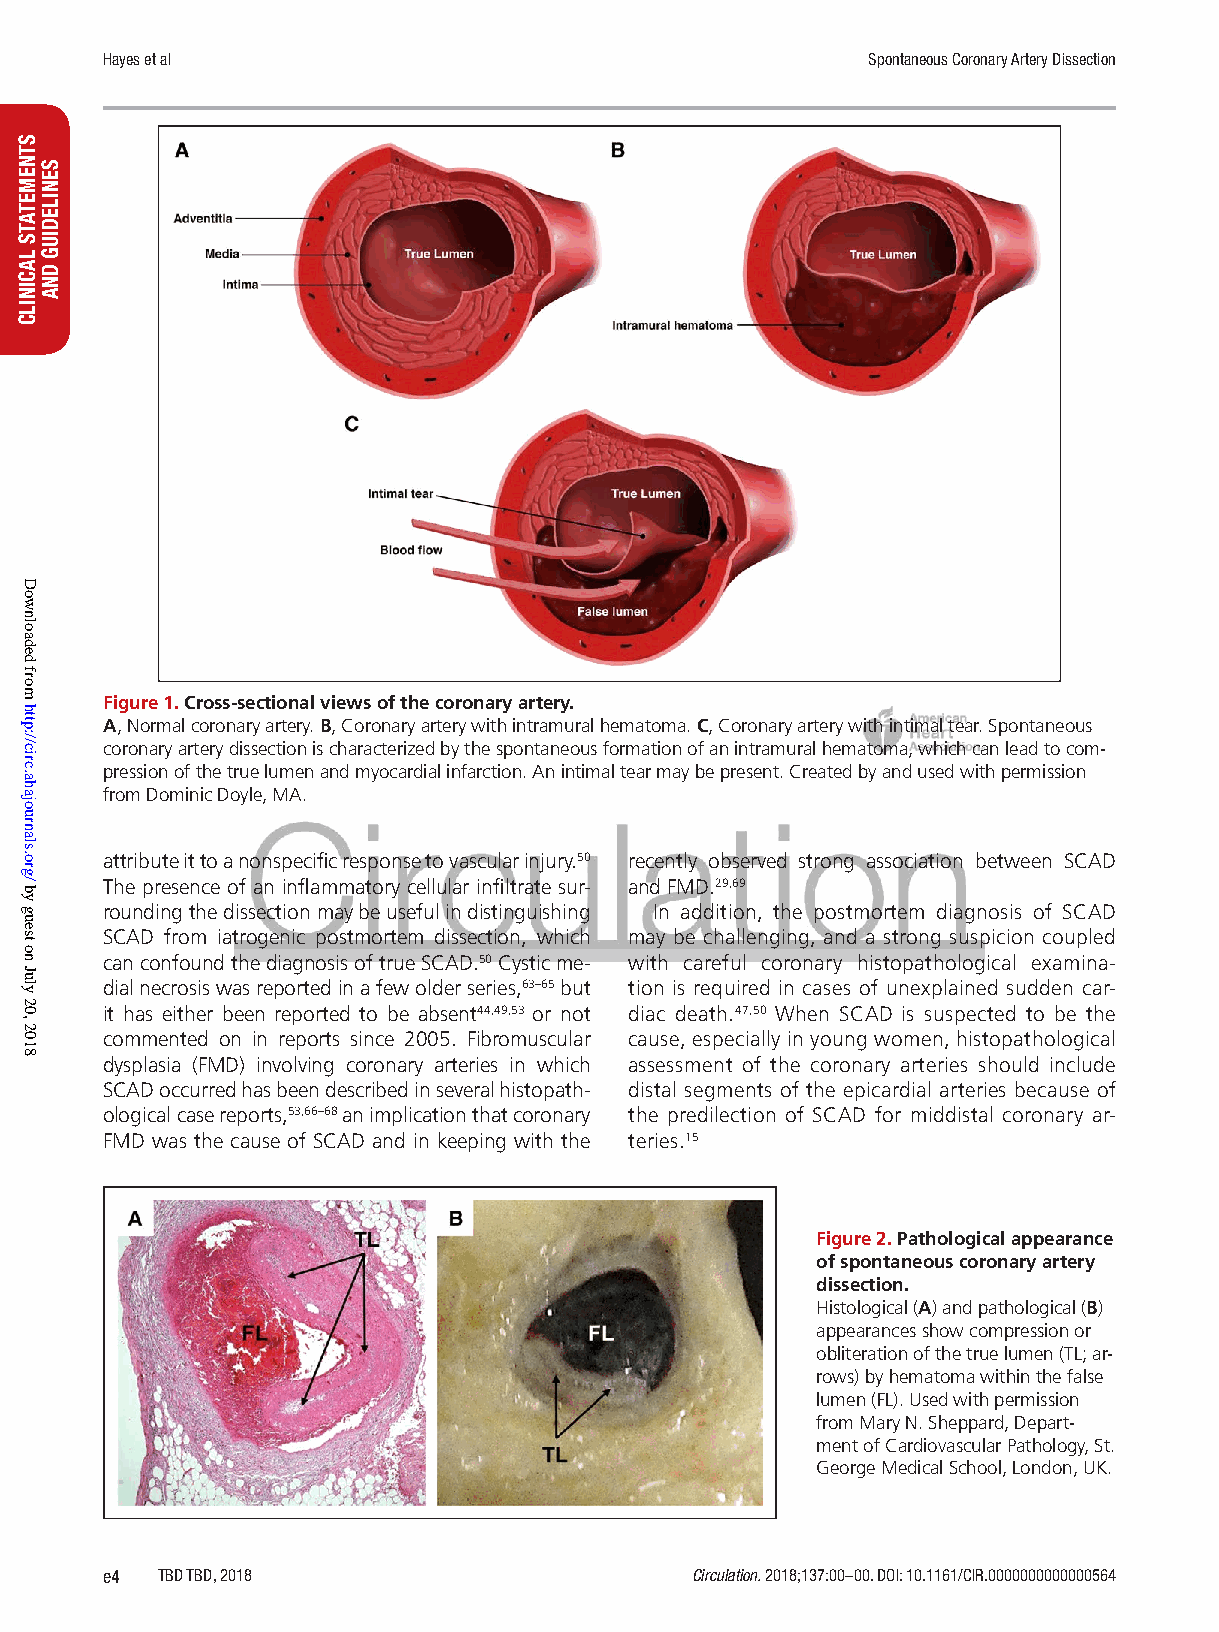
Hayes et al                                       Spontaneous Coronary Artery Dissection
 Figure 1. Cross-sectional views of the coronary artery.
 A, Normal coronary artery. B, Coronary artery with intramural hematoma. C, Coronary artery with intimal tear. Spontaneous
 coronary artery dissection is characterized by the spontaneous formation of an intramural hematoma, which can lead to com-
 pression of the true lumen and myocardial infarction. An intimal tear may be present. Created by and used with permission
 from Dominic Doyle, MA.
 attribute it to a nonspecific response to vascular injury.50 recently observed strong association between SCAD
 The presence of an inflammatory cellular infiltrate sur- and FMD.29,69
 rounding the dissection may be useful in distinguishing In addition, the postmortem diagnosis of SCAD
 SCAD from iatrogenic postmortem dissection, which may be challenging, and a strong suspicion coupled
 can confound the diagnosis of true SCAD.50 Cystic me- with careful coronary histopathological examina-
 dial necrosis was reported in a few older series,63–65 but tion is required in cases of unexplained sudden car-
 it has either been reported to be absent44,49,53 or not diac death.47,50 When SCAD is suspected to be the
 commented on in reports since 2005. Fibromuscular cause, especially in young women, histopathological
 dysplasia (FMD) involving coronary arteries in which assessment of the coronary arteries should include
 SCAD occurred has been described in several histopath- distal segments of the epicardial arteries because of
 ological case reports,53,66–68 an implication that coronary the predilection of SCAD for middistal coronary ar-
 FMD was the cause of SCAD and in keeping with the teries.15
 Figure 2. Pathological appearance
 of spontaneous coronary artery
 dissection.
 Histological (A) and pathological (B)
 appearances show compression or
 obliteration of the true lumen (TL; ar-
 rows) by hematoma within the false
 lumen (FL). Used with permission
 from Mary N. Sheppard, Depart-
 ment of Cardiovascular Pathology, St.
 George Medical School, London, UK.
 e4 TBD TBD, 2018                       Circulation. 2018;137:00–00. DOI: 10.1161/CIR.0000000000000564
 STNEMETATS
 LACINILC
 Downloaded
 from
 http://circ.ahajournals.org/
 by
 guest
 on
 July
 20,
 2018
 SENILEDIUG
 DNA